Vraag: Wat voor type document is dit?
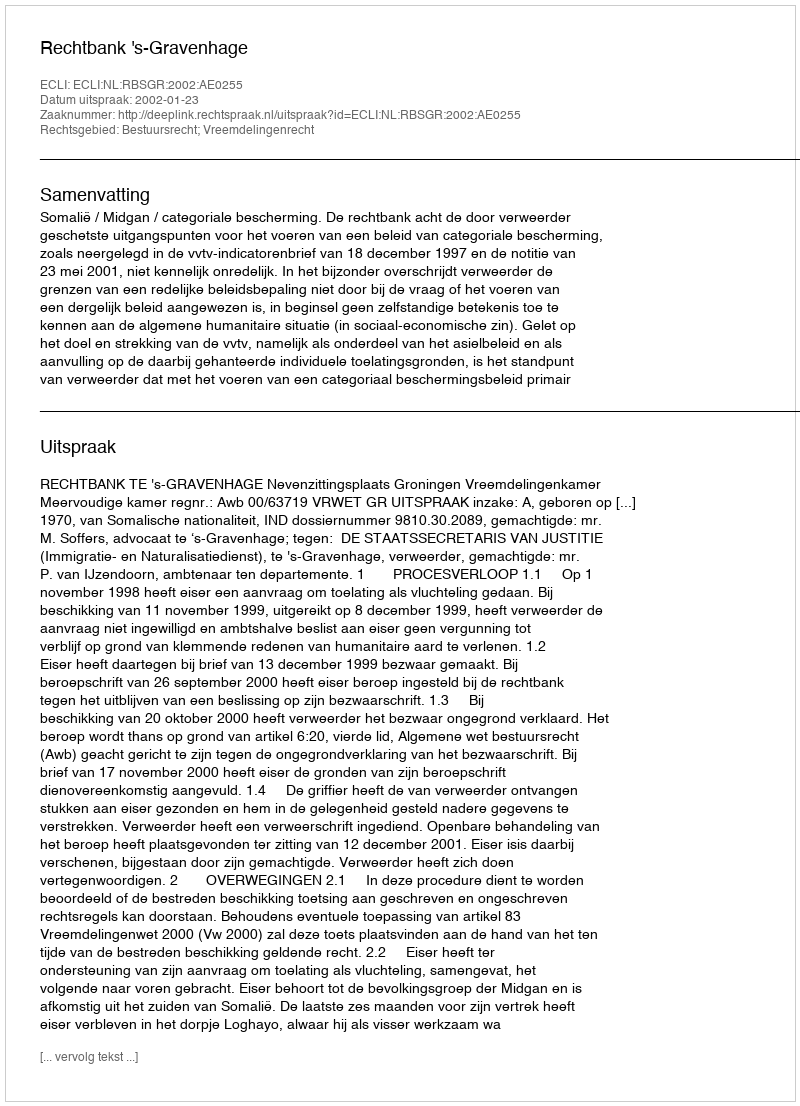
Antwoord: Uitspraak